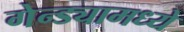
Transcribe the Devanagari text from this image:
गेन्ड्यामध्ये